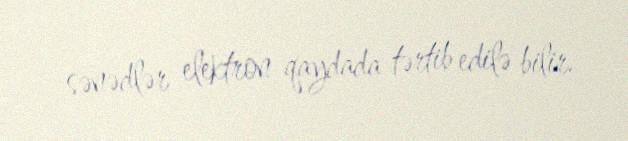
sənədlər elektron qaydada tərtib edilə bilir.